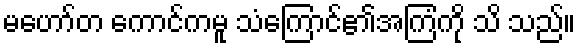
မဟော်တ ကောင်ကမူ သံကြောင်၏အကြံကို သိ သည်။